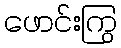
ဖောင်းကြွ